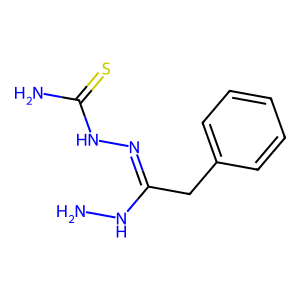
SMILES: NNC(Cc1ccccc1)=NNC(N)=S
Inhibits HIV replication: No